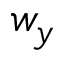
w _ { y }